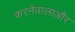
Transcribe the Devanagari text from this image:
करनेवालाऔर